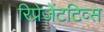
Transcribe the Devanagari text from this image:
रिप्रेजेंटटिव्स